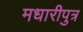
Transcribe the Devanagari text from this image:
मधारीपुत्र